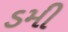
ડમી